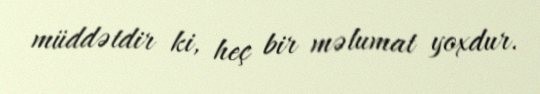
müddətdir ki, heç bir məlumat yoxdur.